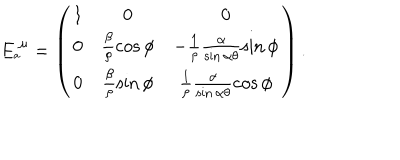
E _ { _ { a } } ^ { \; \mu } = \left( \begin{array} { c c c } { { 1 } } & { { 0 } } & { { 0 } } \\ { { 0 } } & { { \frac { \beta } { \rho } \cos \phi } } & { { - \frac { 1 } { \rho } \frac { \alpha } { \sin \alpha \theta } \sin \phi } } \\ { { 0 } } & { { \frac { \beta } { \rho } \sin \phi } } & { { \frac { 1 } { \rho } \frac { \alpha } { \sin \alpha \theta } \cos \phi } } \\ \end{array} \right) .